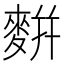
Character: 䴵